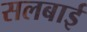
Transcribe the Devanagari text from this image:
सलबाई